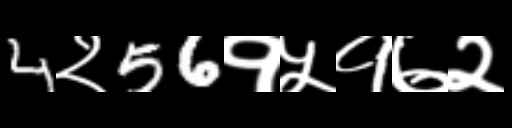
Text: 4२56१५१७२